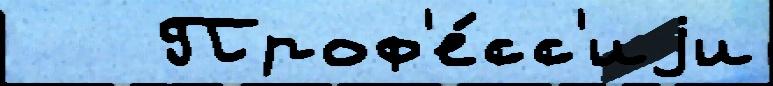
   Проф'е́сс'иjи